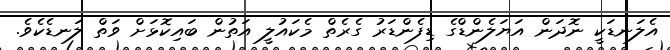
އެލަނޑަކީ ނޮދަން އަޔަލެންޑްގެ ޑިފެންޑަރު ގެރެތް މެކައުލީ އަތުން ބައިކޮޅަށް ވަތް ލަނޑެކެވެ.